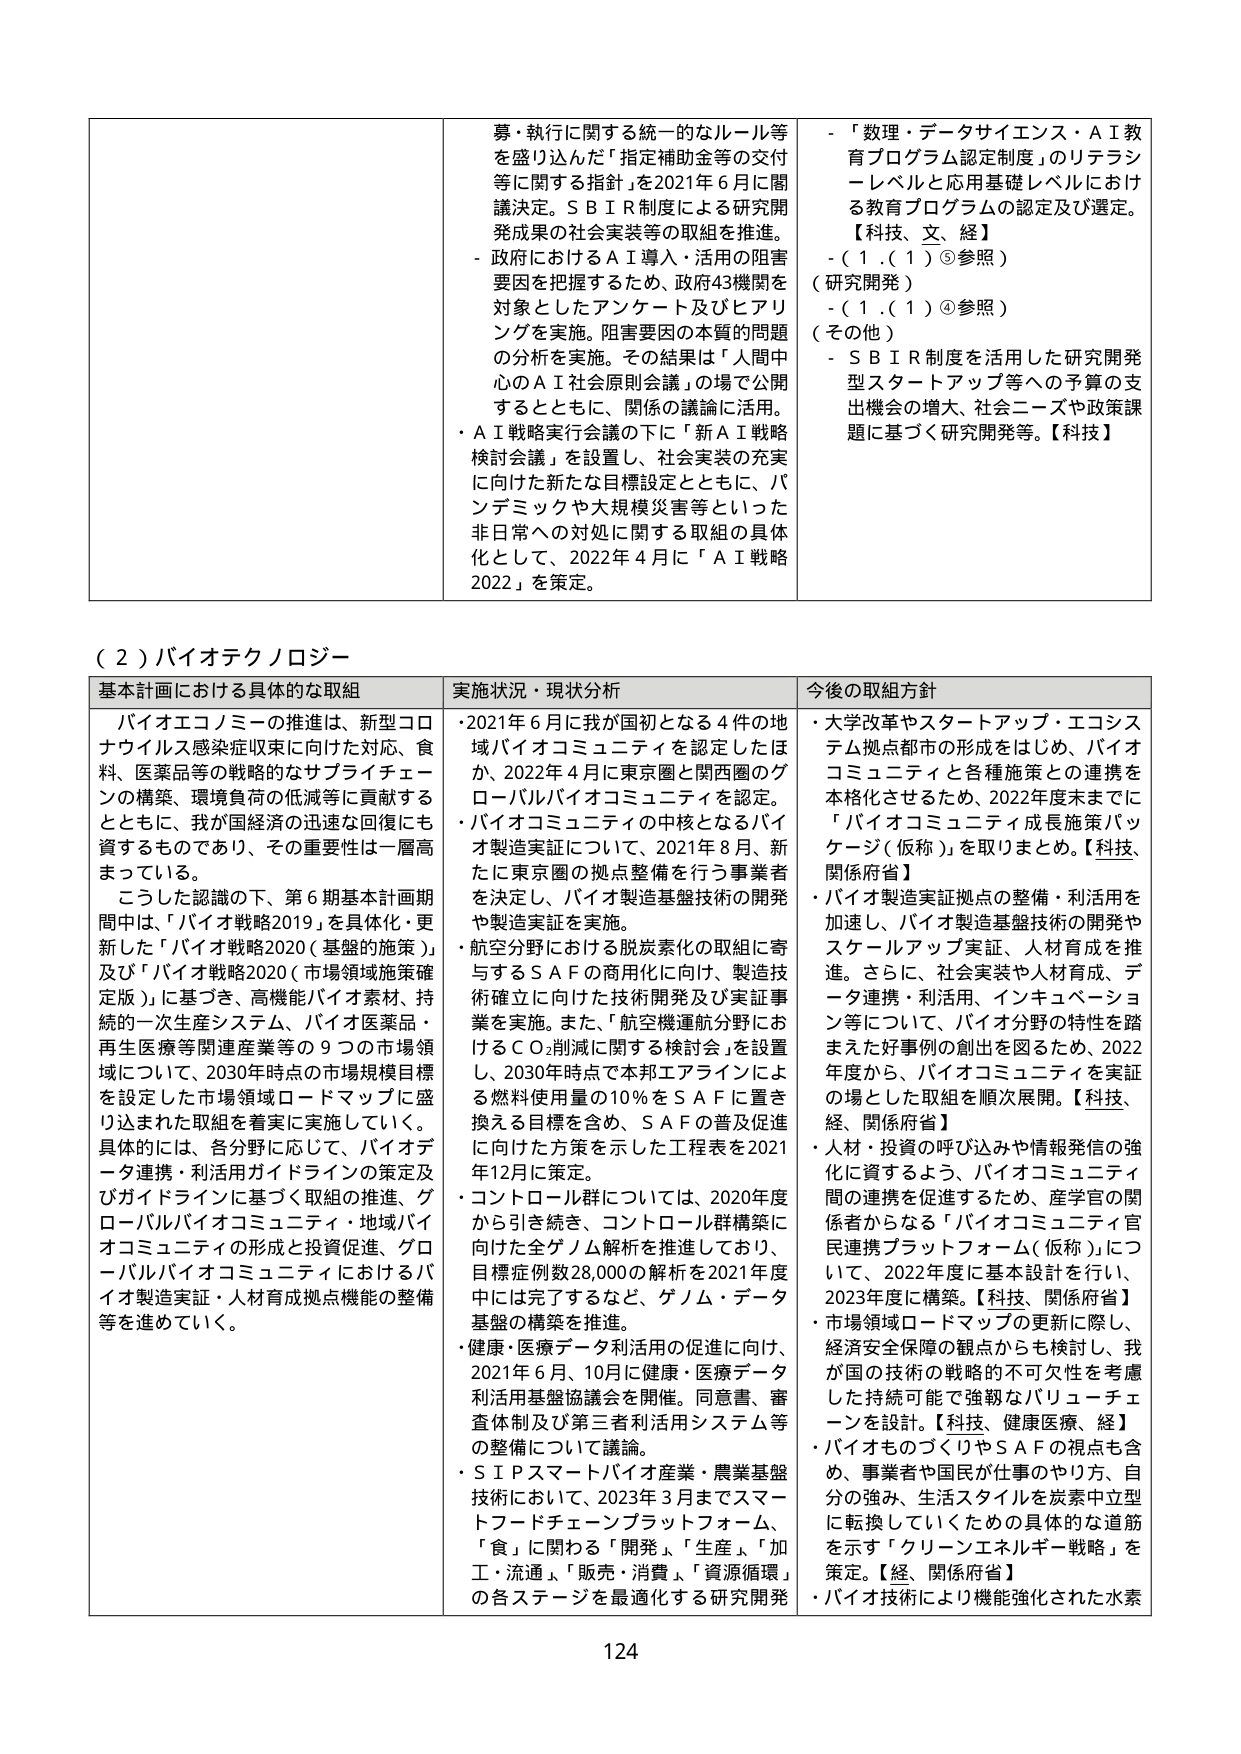
募・執行に関する統一的なルール等を盛り込んだ「指定補助金等の交付等に関する指針」を2021年6月に閣議決定。ＳＢＩＲ制度による研究開発成果の社会実装等の取組を推進。

- 政府におけるＡＩ導入・活用の阻害要因を把握するため、政府43機関を対象としたアンケート及びヒアリングを実施。阻害要因の本質的問題の分析を実施。その結果は「人間中心のＡＩ社会原則会議」の場で公開するとともに、関係の議論に活用。

- ＡＩ戦略実行会議の下に「新ＡＩ戦略検討会議」を設置し、社会実装の充実に向けた新たな目標設定とともに、パンデミックや大規模災害等といった非日常への対処に関する取組の具体化として、2022年4月に「ＡＩ戦略2022」を策定。

- 「数理・データサイエンス・ＡＩ教育プログラム認定制度」のリテラシーレベルと応用基礎レベルにおける教育プログラムの認定及び選定。【科技、文、経】
- （1.（1）⑤参照）（研究開発）
- （1.（1）④参照）（その他）
- ＳＢＩＲ制度を活用した研究開発型スタートアップ等への予算の支出機会の増大、社会ニーズや政策課題に基づく研究開発等。【科技】

（２）バイオテクノロジー

基本計画における具体的な取組
バイオエコノミーの推進は、新型コロナウイルス感染症収束に向けた対応、食料、医薬品等の戦略的なサプライチェーンの構築、環境負荷の低減等に貢献するとともに、我が国経済の迅速な回復にも資するものであり、その重要性は一層高まっている。

こうした認識の下、第6期基本計画期間中は、「バイオ戦略2019」を具体化・更新した「バイオ戦略2020（基盤的施策）」及び「バイオ戦略2020（市場領域施策確定版）」に基づき、高機能バイオ素材、持続的一次生産システム、バイオ医薬品・再生医療等関連産業等の9つの市場領域について、2030年時点の市場規模目標を設定した市場領域ロードマップに盛り込まれた取組を着実に実施していく。具体的には、各分野に応じて、バイオデータ連携・利活用ガイドラインの策定及びガイドラインに基づく取組の推進、グローバルバイオコミュニティ・地域バイオコミュニティの形成と投資促進、グローバルバイオコミュニティにはおけるバイオ製造実証・人材育成拠点機能の整備等を進めていく。

実状況・現状分析
- 2021年6月に我が国初となる4件の地域バイオコミュニティを認定したほか、2022年4月に東京圏と関西圏のグローバルバイオコミュニティを認定。
- バイオコミュニティの中核となるバイオ製造実証について、2021年8月、新たに東京圏の拠点整備を行う事業者を決定し、バイオ製造基盤技術の開発や製造実証を実施。
- 航空分野における脱炭素化の取組に寄与するＳＡＦの商用化に向け、製造技術確立に向けた技術開発及び実証事業を実施。また、「航空機運航分野におけるＣＯ₂削減に関する検討会」を設置し、2030年時点で本邦エアラインによる燃料使用量の10％をＳＡＦに置き換える目標を含め、ＳＡＦの普及促進に向けた方策を示した工程表を2021年12月に策定。
- コントロール群については、2020年度から引き続き、コントロール群構築に向けた全ゲノム解析を推進しており、目標症例数28,000の解析を2021年度中には完了するなど、ゲノム・データ基盤の構築を推進。
- 健康・医療データ利活用の促進に向け、2021年6月、10月に健康・医療データ利活用基盤協議会を開催。同意書、審査体制及び第三者利活用システム等の整備について議論。
- ＳＩＰスマートバイオ産業・農業基盤技術において、2023年3月までスマートフードチェーンプラットフォーム、「食」に関わる「開発」、「生産」、「加工・流通」、「販売・消費」、「資源循環」の各ステージを最適化する研究開発

今後の取組方針
- 大学改革やスタートアップ・エコシステム拠点都市の形成をはじめ、バイオコミュニティと各種施策との連携を本格化させるため、2022年度末までに「バイオコミュニティ成長施策パッケージ（仮称）」を取りまとめ。【科技、関係府省】
- バイオ製造実証拠点の整備・利活用を加速し、バイオ製造基盤技術の開発やスケールアップ実証、人材育成を推進。さらに、社会実装や人材育成、データ連携・利活用、インキュベーション等について、バイオ分野の特性を踏まえた好事例の創出を図るため、2022年度から、バイオコミュニティを実証の場とした取組を順次展開。【科技、経、関係府省】
- 人材・投資の呼び込みや情報発信の強化に資するよう、バイオコミュニティ間の連携を促進するため、産学官の関係者からなる「バイオコミュニティ官民連携プラットフォーム（仮称）」について、2022年度に基本設計を行い、2023年度に構築。【科技、関係府省】
- 市場領域ロードマップの更新に際し、経済安全保障の観点からも検討し、我が国の技術の戦略的不可欠性を考慮した持続可能で強靭なバリューチェーンを設計。【科技、健康医療、経】
- バイオものづくりやＳＡＦの視点も含め、事業者や国民が仕事のやり方、自分の強み、生活スタイルを炭素中立型に転換していくための具体的な道筋を示す「クリーンエネルギー戦略」を策定。【経、関係府省】
- バイオ技術により機能強化された水素

124